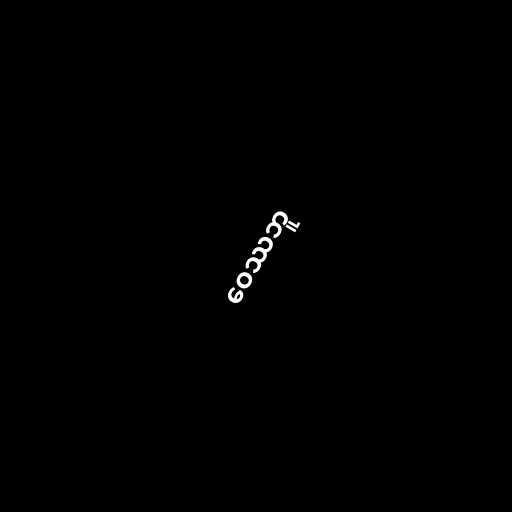
ဝေဿဘူ